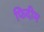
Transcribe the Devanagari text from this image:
फिदीम